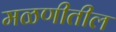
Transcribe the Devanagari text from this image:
मळणीतील